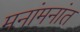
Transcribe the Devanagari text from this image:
मनांमनांत